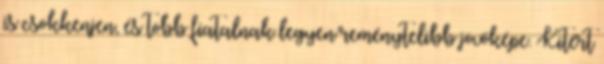
is csökkenjen, és több fiatalnak legyen reménytelibb jövőképe. Kitért